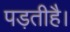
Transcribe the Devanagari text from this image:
पड़तीहै।